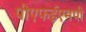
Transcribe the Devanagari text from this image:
पीएफईएमपी